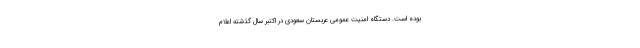
بوده است. دستگاه امنیت عمومی عربستان سعودی در اکتبر سال گذشته اعلام